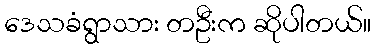
ဒေသခံရွာသား တဦးက ဆိုပါတယ်။